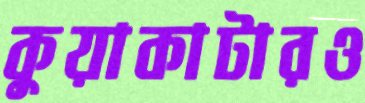
কুয়াকাটারও